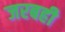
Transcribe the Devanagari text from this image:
जरबही